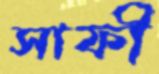
সাফী